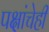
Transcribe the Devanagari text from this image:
पक्षांचेही